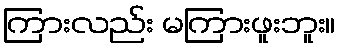
ကြားလည်း မကြားဖူးဘူး။